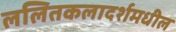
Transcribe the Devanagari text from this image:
ललितकलादर्शमधील